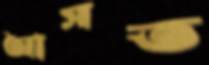
আসত